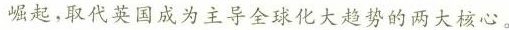
崛起，取代英国成为主导全球化大趋势的两大核心。